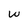
Character: W